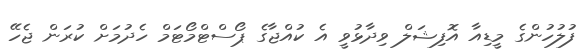
ފުލުުހުންގެ މީޑިއާ އޮފިޝަލް ވިދާޅުވީ އެ ކުއްޖާގެ ޕޯސްޓްމޯޓަމް ހެދުމަށް ކުރަން ޖެހޭ